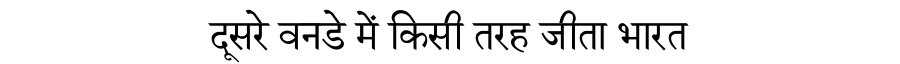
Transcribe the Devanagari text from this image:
दूसरे वनडे में किसी तरह जीता भारत